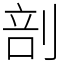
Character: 剖